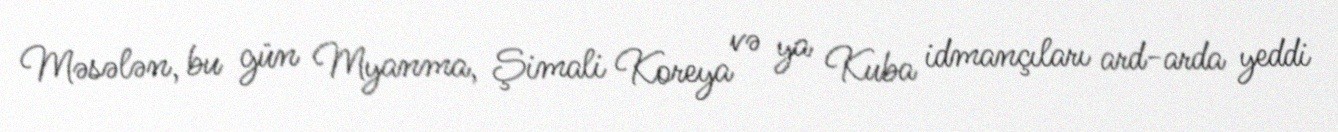
Məsələn, bu gün Myanma, Şimali Koreya və ya Kuba idmançıları ard-arda yeddi